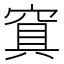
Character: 𰩑